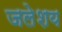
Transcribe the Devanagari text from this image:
जलेशय